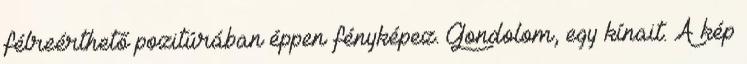
félreérthető pozitúrában éppen fényképez. Gondolom, egy kínait. A kép